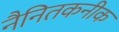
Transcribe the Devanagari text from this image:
नैनितकनीक